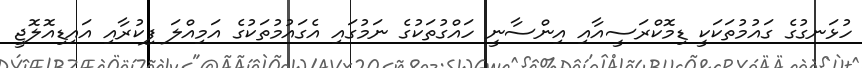
ހުޅަނގުގެ ގައުމުތަކަކީ ޑިމޮކްރަސީއާއި އިންސާނީ ހައްގުތަކުގެ ނަމުގައި އެގައުމުތަކުގެ އަމިއްލަ ފިކުރާއި އައިޑިއޮލޮޖީ